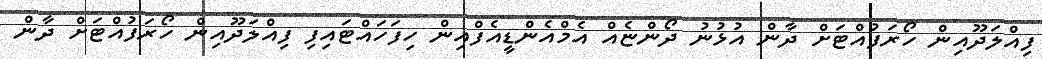
ފިއްލަދޫއިން ހޯރަފުއްޓަށް ދާން އުޅުނު ދޯންޏެއް އެމްއެންޑީއެފްއިން ހިފަހައްޓައިފި ފިއްލަދޫއިން ހޯރަފުއްޓަށް ދާން